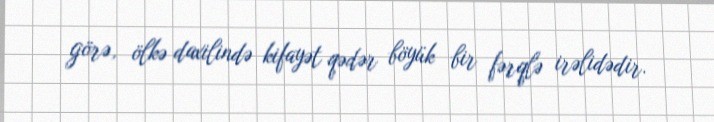
görə, ölkə daxilində kifayət qədər böyük bir fərqlə irəlidədir.